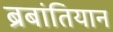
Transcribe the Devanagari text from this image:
ब्रबांतियान